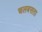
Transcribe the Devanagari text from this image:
चलबसता